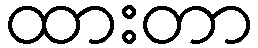
ထားတာ